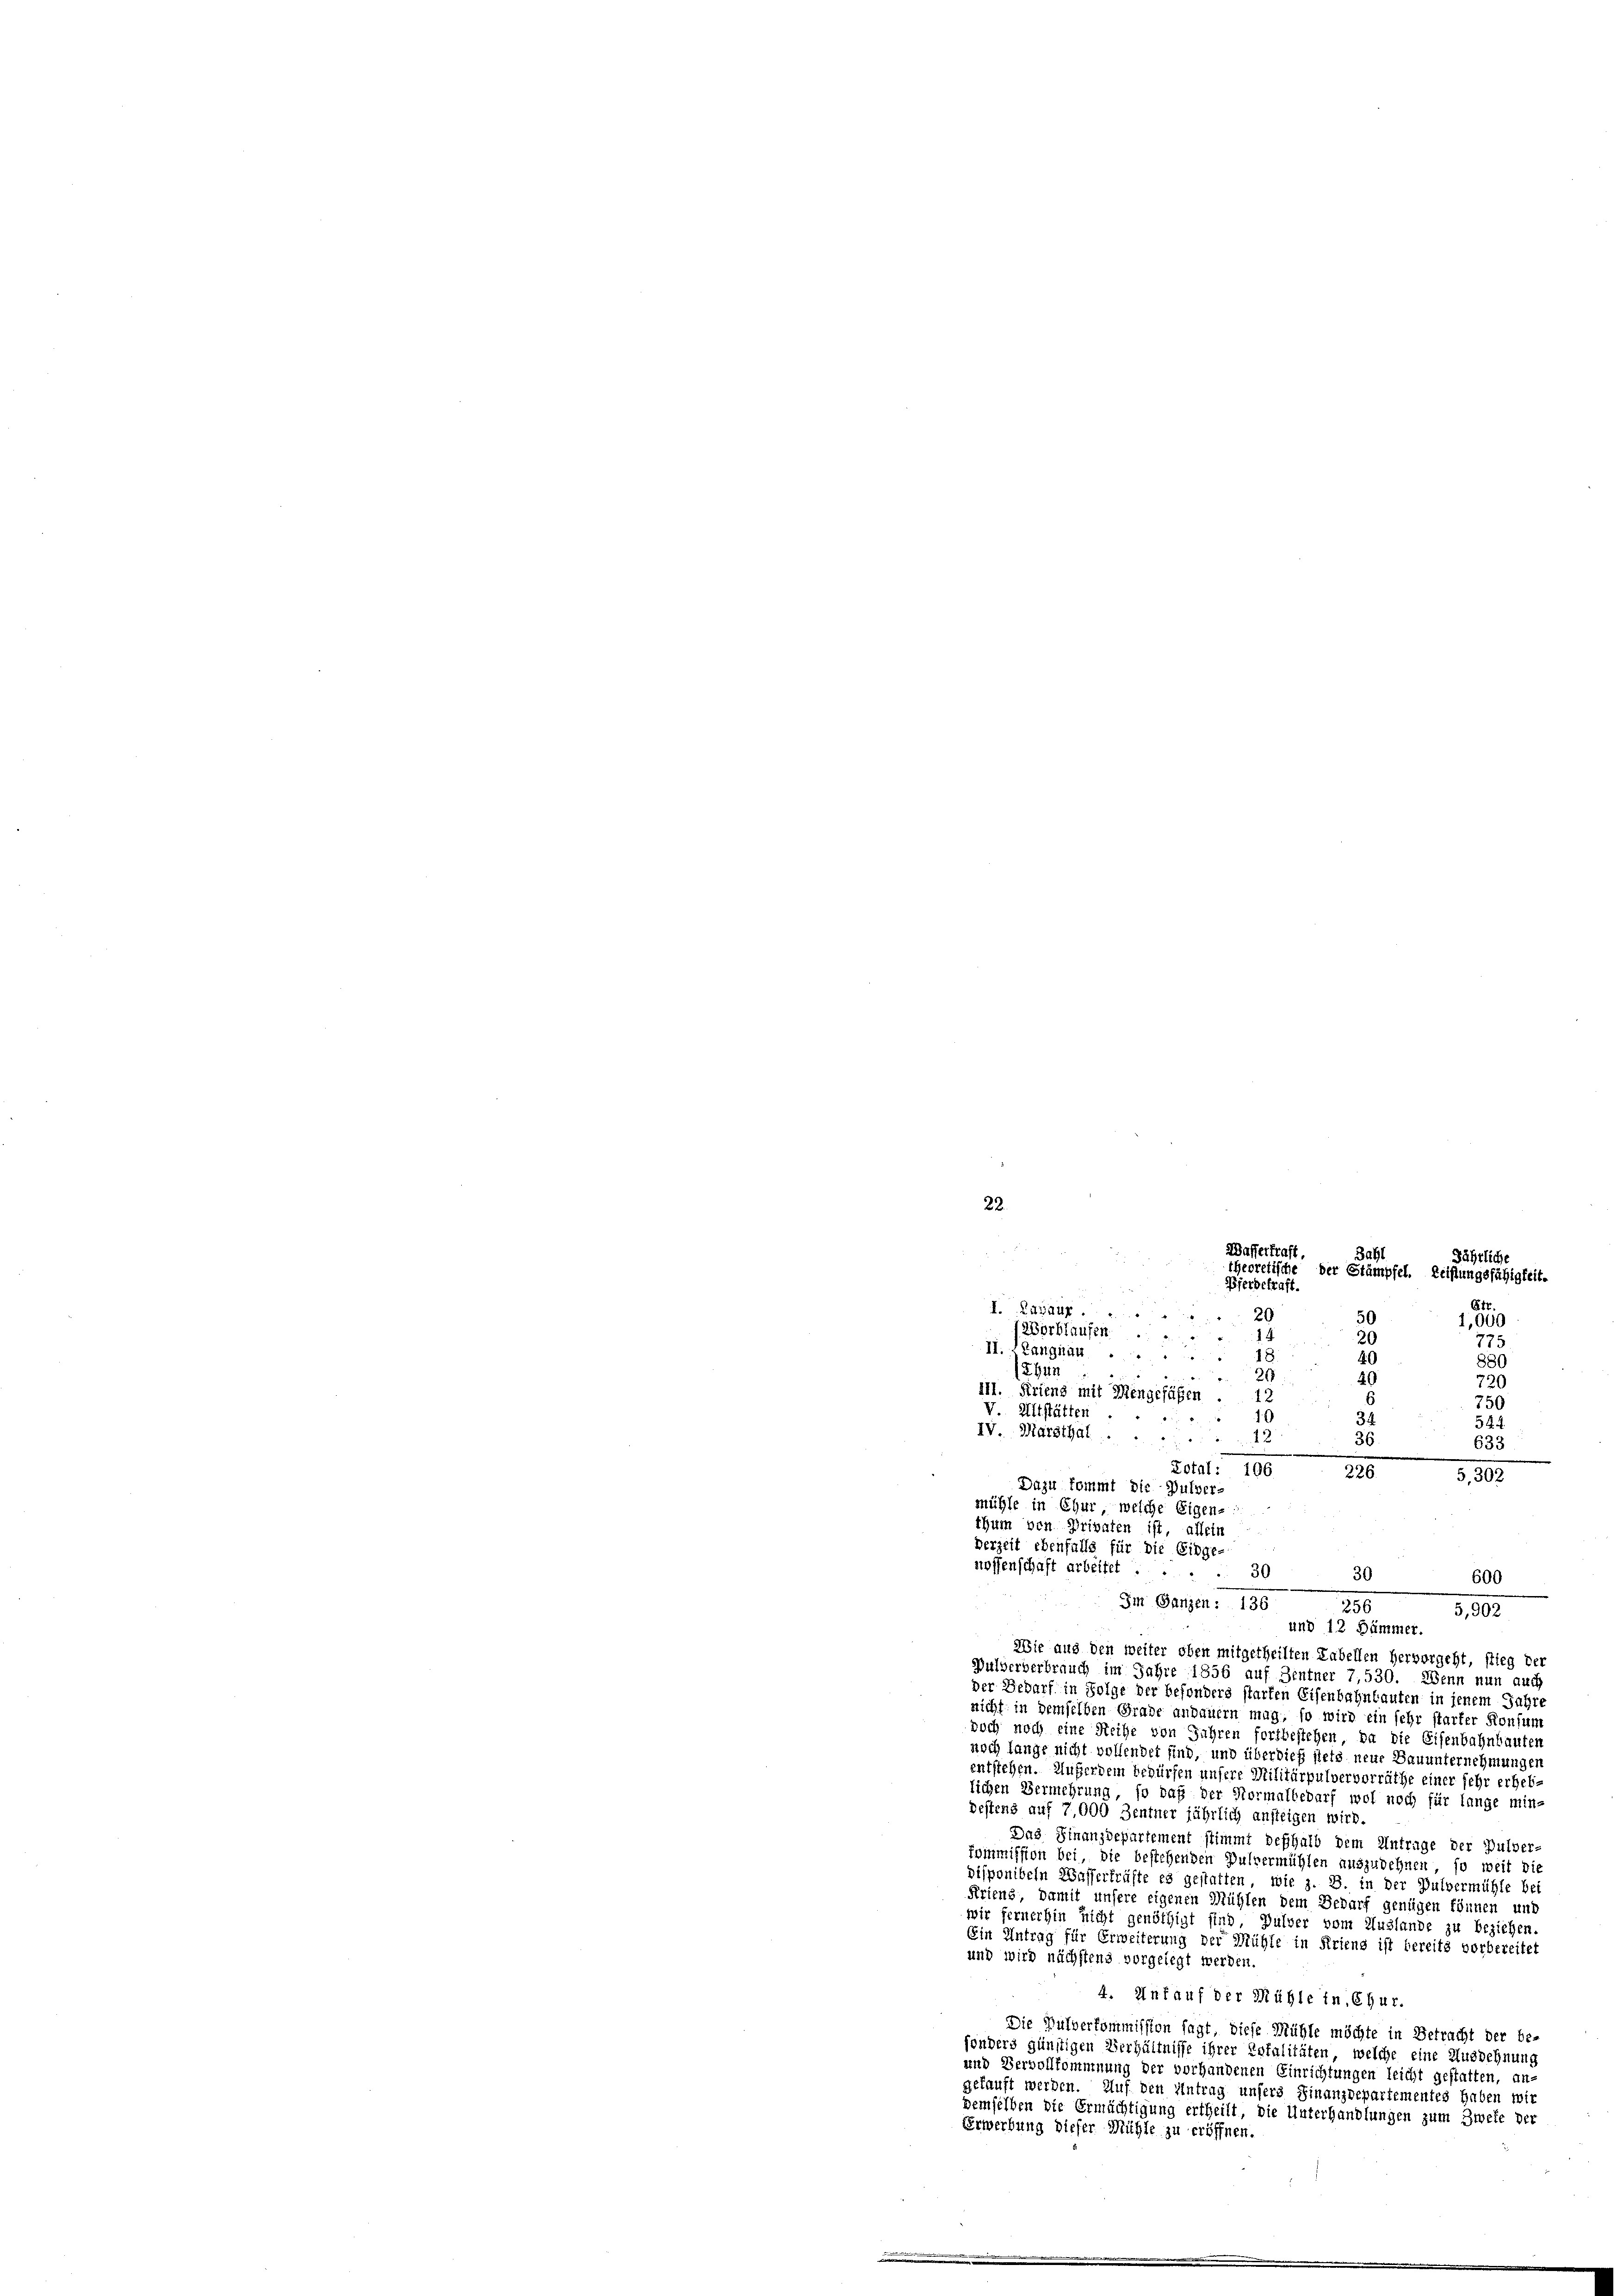
40
880
40
120
i
750
¬
n
34.
544.
56
633
265302
30
600
230
5,902
und 12 Dümmer.
Wie aus den weiter oben mitgetheilten Labellen hervorgeht, stieg der
Pulververbrauch im Jahre 1856 auf Zentner 7,530. Wenn nun auch
der Bedarf in Folge der besonders starten Eisenbahnbauten in jenem Jahre
nicht in demselben Grade anbauern mag, so wird ein sehr starker Konfum
doch noch eine Reihe von Jahren fortbestehen, da die Eisenbahnbauten
noch lange nicht vollendet sind, und überdieß stets neue Bauunternehmungen
entstehen. Außerdem bedürfen unsere Militärpulvervorräthe einer sehr erheb-
lichen Vermehrung, so daß der Normalbedarf wol noch für lange min-
Destens auf 7,000 Zentner jährlich ansteigen wird.
Das Finanzdepartement stimmt deshalb dem Antrage der Pulver-
kommission bei die bestehenden Pulvermühlen auszudehnen, so weit die
disponibeln Wasserkräfte es gestatten, wie z. B. in der Pulvermühle bei
Arieng, damit unsere eigenen Mühlen dem Bedarf genügen können und
wir fernerhin nicht genöthigt sind, Pulver vom Auslande zu beziehen.
Ein Antrag für Erweiterung der Mühle in Kriens ist bereits vorbereitet
und wird nächstens vorgelegt werden.
4. Ankauf der Mühle in Chur.
Die Pulverkommission sagt, diese Mühle möchte in Betracht der be-
sonders günstigen Verhältnisse ihrer Totalitäten, welche eine Ausdehnung
und Vervollkommnung der vorhandenen Einrichtungen leicht gestatten, an-
gekauft werden. Auf den Antrag unsers Finanzdepartementes haben wir
demselben die Ermächtigung ertheilt, die Unterhandlungen zum Zwete der
Erwerbung dieser Mühle zu eröffnen.

22.
Wasserkraft
Pferdekraft.
I. Zuhaur
20
14
II. Langnau
18.
ehun
.
111. Ferienz mit Mengefaßen
2
V. Altstätten
IV. Marthal
12
Lotal: 106
Dazu kommt die Pulver-
mühle in Chur, welche Eigen-
thum den Privaten ist, allein
Verzeit ebenfalls für die Eidge-
nossenschaft arbeitet ...
30
Im Ganzen: 136

12Vorblaufen.

Bahl
Jährliche
theoretische der Stämpfel. Leistungsfähigkeit.
Etr.
50
1,000
20
775